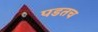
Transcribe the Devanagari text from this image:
पडतच